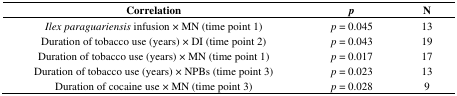
| Correlation | p | N |
 | --- | --- | --- |
 | Ilex paraguariensis infusion × MN (time point 1) | p = 0.045 | 13 |
 | Duration of tobacco use (years) × DI (time point 2) | p = 0.043 | 19 |
 | Duration of tobacco use (years) × MN (time point 1) | p = 0.017 | 17 |
 | Duration of tobacco use (years) × NPBs (time point 3) | p = 0.023 | 13 |
 | Duration of cocaine use × MN (time point 3) | p = 0.028 | 9 |